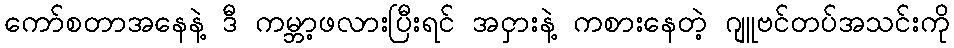
ကော်စတာအနေနဲ့ ဒီ ကမ္ဘာ့ဖလားပြီးရင် အငှားနဲ့ ကစားနေတဲ့ ဂျူဗင်တပ်အသင်းကို